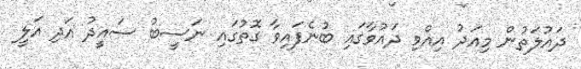
ދައުލަތުން މިއަދު އިއްވި ދައުވާގައި ބުނެފައިވާ ގޮތުގައި ނަސީބު ސައީދު އަދި އަލީ